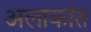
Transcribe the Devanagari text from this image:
अलाकांत